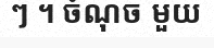
ៗ ។ ចំណុច មួយ